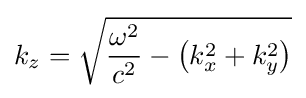
k_{z}={\sqrt {{\frac {\omega ^{2}}{c^{2}}}-\left(k_{x}^{2}+k_{y}^{2}\right)}}